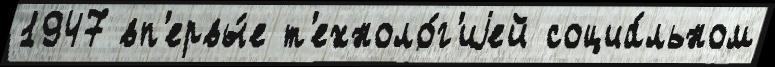
1947 вп'ервы́е т'ехноло́г'иjей социа́льном